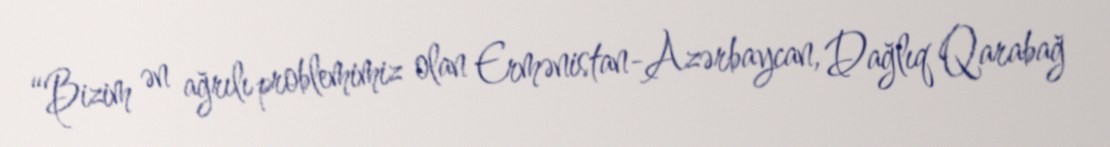
“Bizim ən ağrılı problemimiz olan Ermənistan-Azərbaycan, Dağlıq Qarabağ